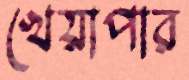
খেয়াপার